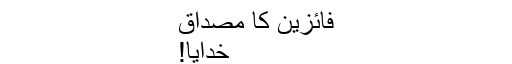
فائزین کا مصداق
خدایا!